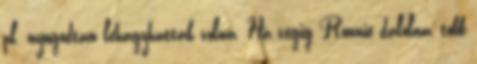
pl. nyugodtan lehagyhatták volna. Ha végig Ronnie dalolna, több